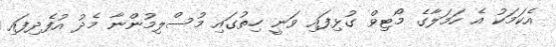
އެކަމަކު އެ ހަމަލާގެ މޯޓިވް ގުޅިފައި ވަނީ ހިތުގައި މުސްލިމުންނާ މެދު އުފެދިފައި